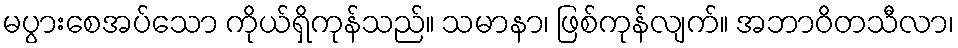
မပွားစေအပ်သော ကိုယ်ရှိကုန်သည်။ သမာနာ၊ ဖြစ်ကုန်လျက်။ အဘာဝိတသီလာ၊